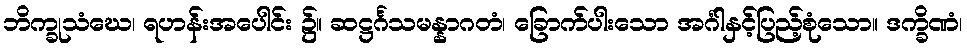
ဘိက္ခုသံဃေ၊ ရဟန်းအပေါင်း ၌။ ဆဋ္ဌင်္ဂသမန္နာဂတံ၊ ခြောက်ပါးသော အင်္ဂါနှင့်ပြည့်စုံသော။ ဒက္ခိဏံ၊